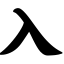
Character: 入